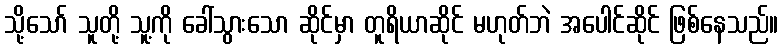
သို့သော် သူတို့ သူ့ကို ခေါ်သွားသော ဆိုင်မှာ တူရိယာဆိုင် မဟုတ်ဘဲ အပေါင်ဆိုင် ဖြစ်နေသည်။